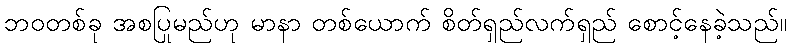
ဘဝတစ်ခု အစပြုမည်ဟု မာနာ တစ်ယောက် စိတ်ရှည်လက်ရှည် စောင့်နေခဲ့သည်။